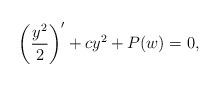
LaTeX: \begin{align*} \left(\dfrac{y^2}{2} \right)' + c y^2 + P(w) = 0,\frac{}{}\end{align*}